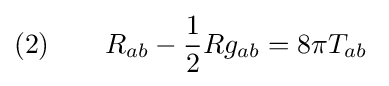
(2)\qquad R_{ab}-{\frac {1}{2}}Rg_{ab}=8\pi T_{ab}\;